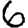
Digit: 6